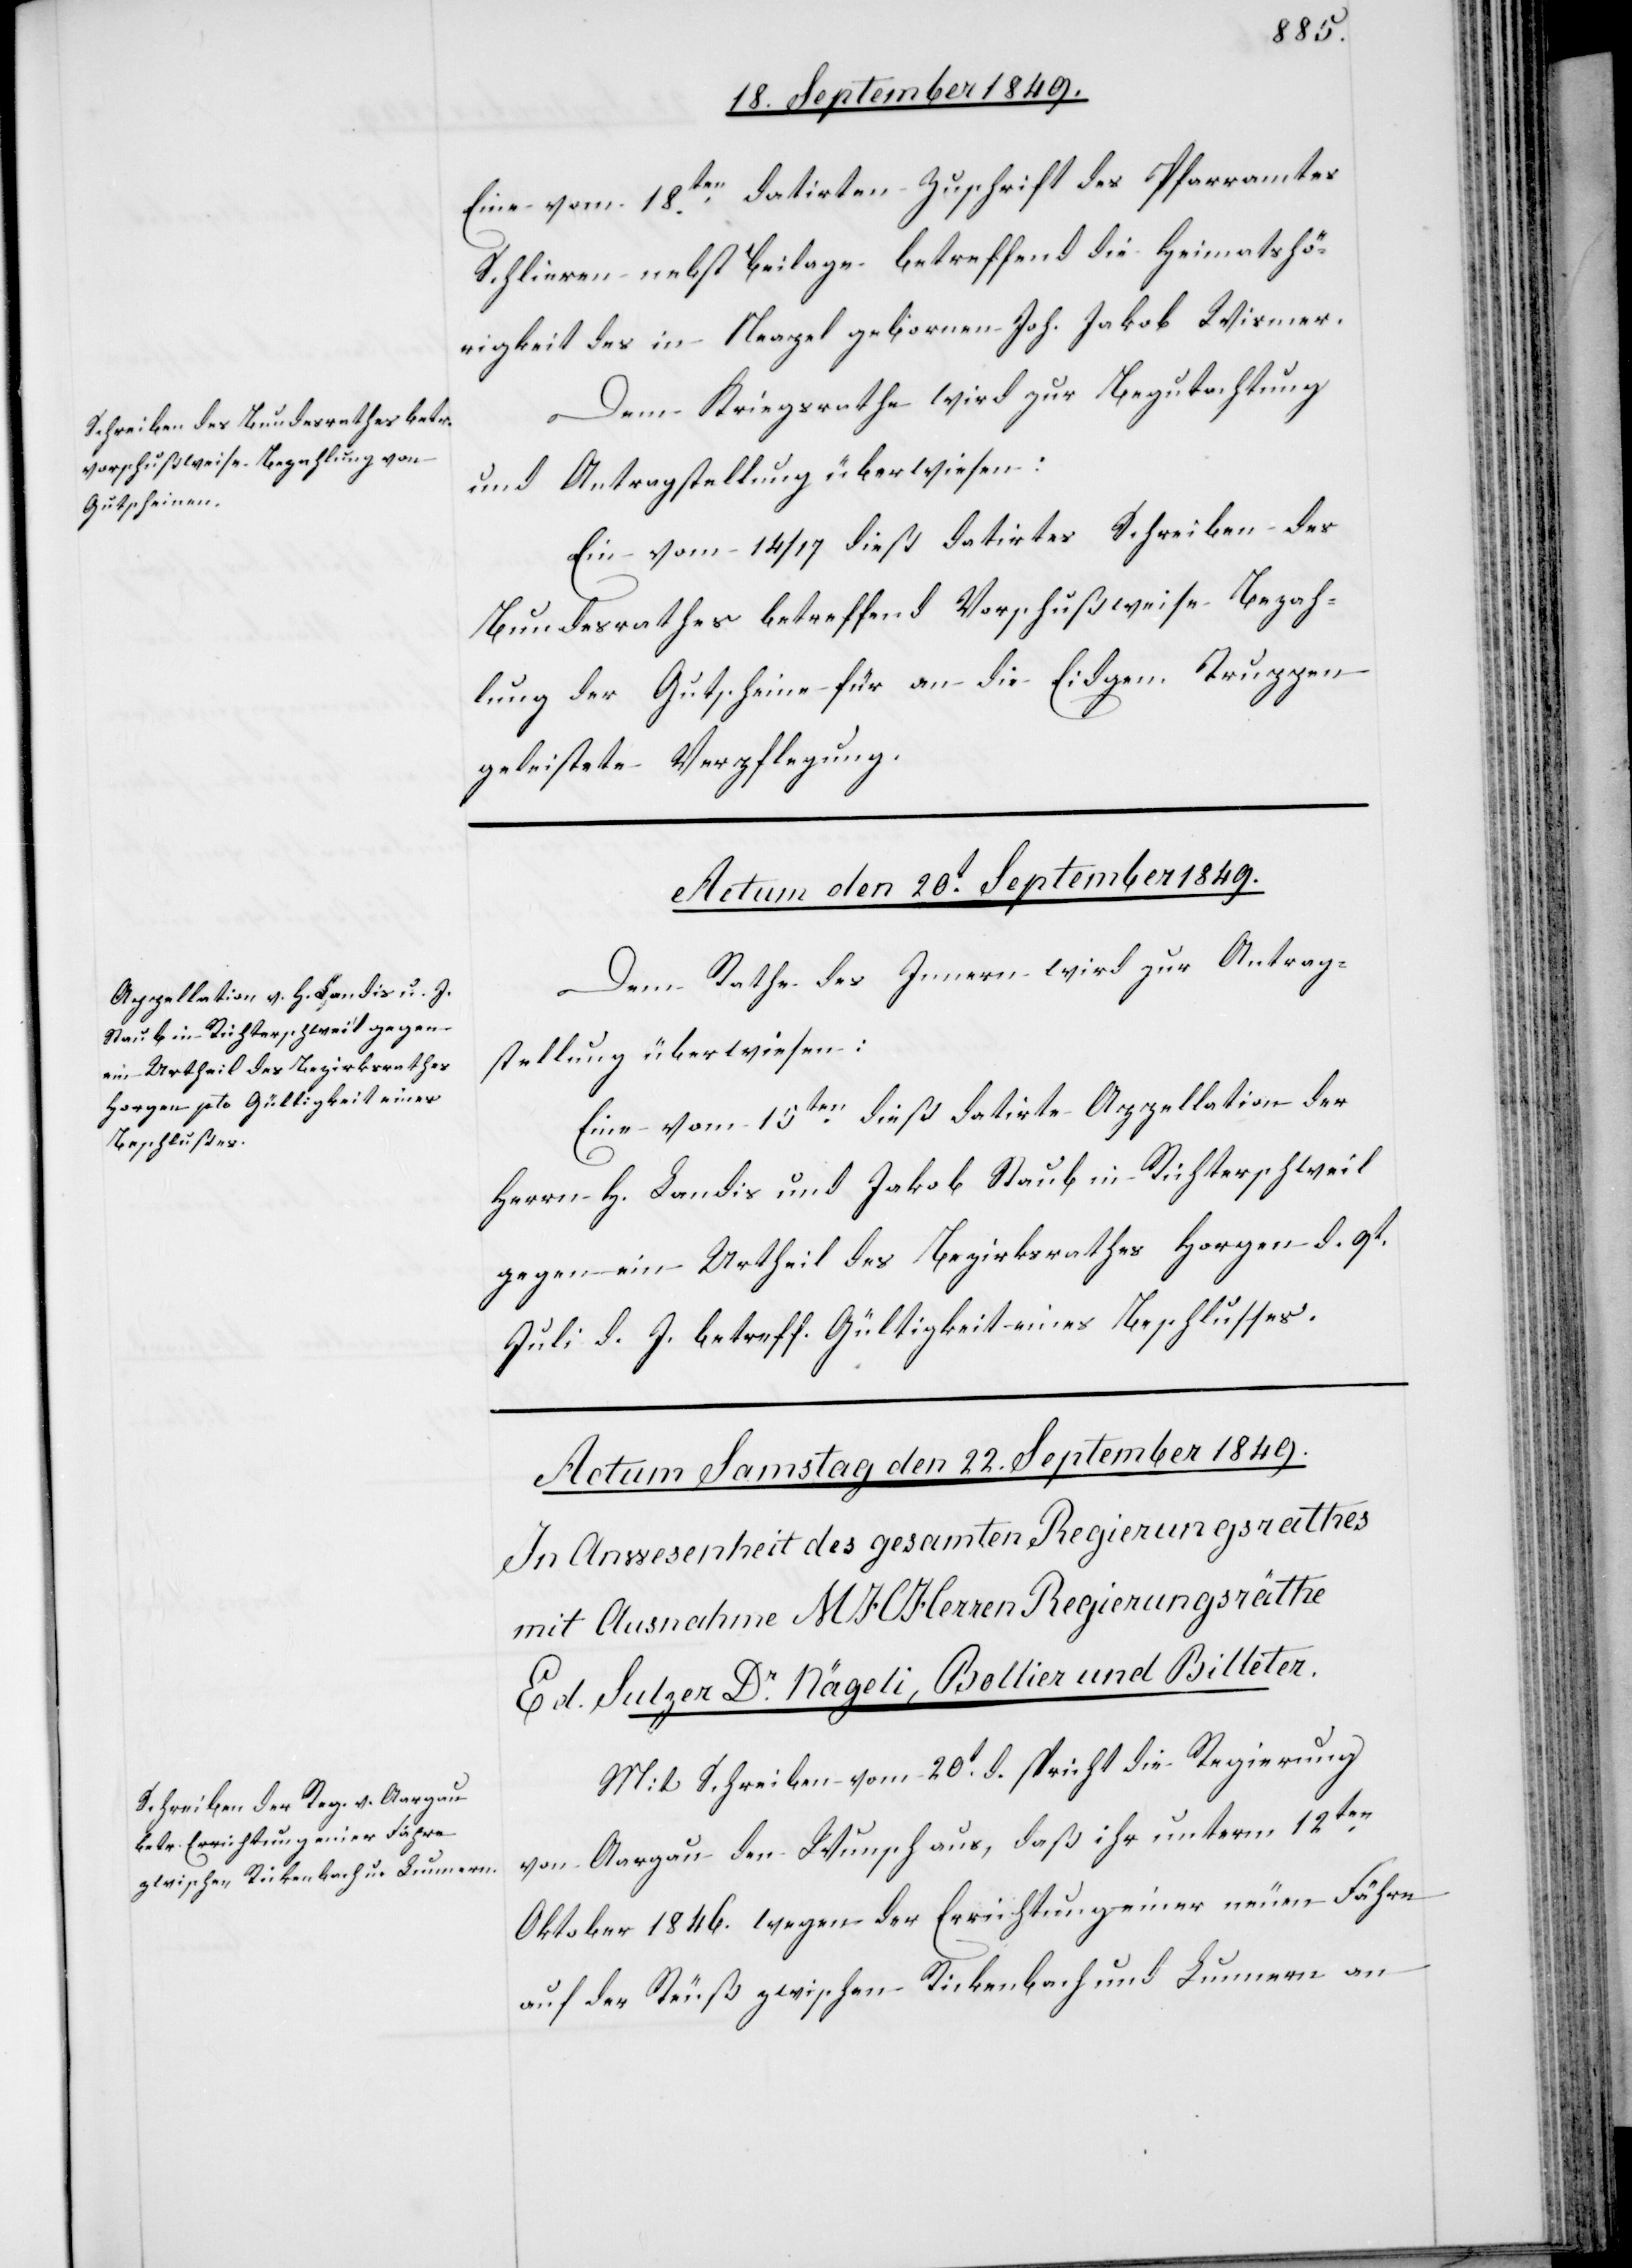
Eine vom 18ten datirten [sic!] Zuschrift des Pfarramtes
Schlieren nebst Beilage betreffend die Heimatshö¬
rigkeit des in Neapel geborenen Joh. Jakob Wismer.
Dem Kriegsrathe wird zur Begutachtung
und Antragstellung überwiesen:
Ein vom 14/17 dieß datirtes Schreiben des
Bundesrathes betreffend Vorschußweise Bezah¬
lung der Gutscheine für an die Eidgen. Truppen
geleistete Verpflegung.
Actum den 20.t September 1849.
Dem Rathe des Innern wird zur Antrag¬
stellung überwiesen:
Eine vom 15.ten dieß datirte Appellation der
Herrn H. Landis und Jakob Staub in Richterschweil
gegen ein Urtheil des Bezirksrathes Horgen d. 9.t
Juli d. J. betreff. Gültigkeit eines Beschlusses.
Mit Schreiben vom 20t d. spricht die Regierung
von Aargau den Wunsch aus, daß ihr unterm 12ten
Oktober 1846. wegen der Errichtung einer neuen Fähre
auf der Reuß zwischen Rickenbach und Lunnern an